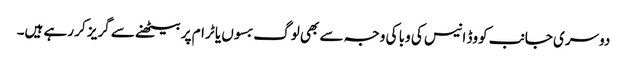
دوسری جانب کووڈ انیس کی وبا کی وجہ سے بھی لوگ بسوں یا ٹرام پر بیٹھنے سے گریز کر رہے ہیں۔